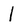
Character: 1